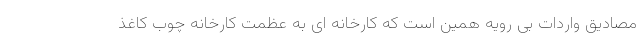
مصادیق واردات بی رویه همین است که کارخانه ای به عظمت کارخانه چوب کاغذ